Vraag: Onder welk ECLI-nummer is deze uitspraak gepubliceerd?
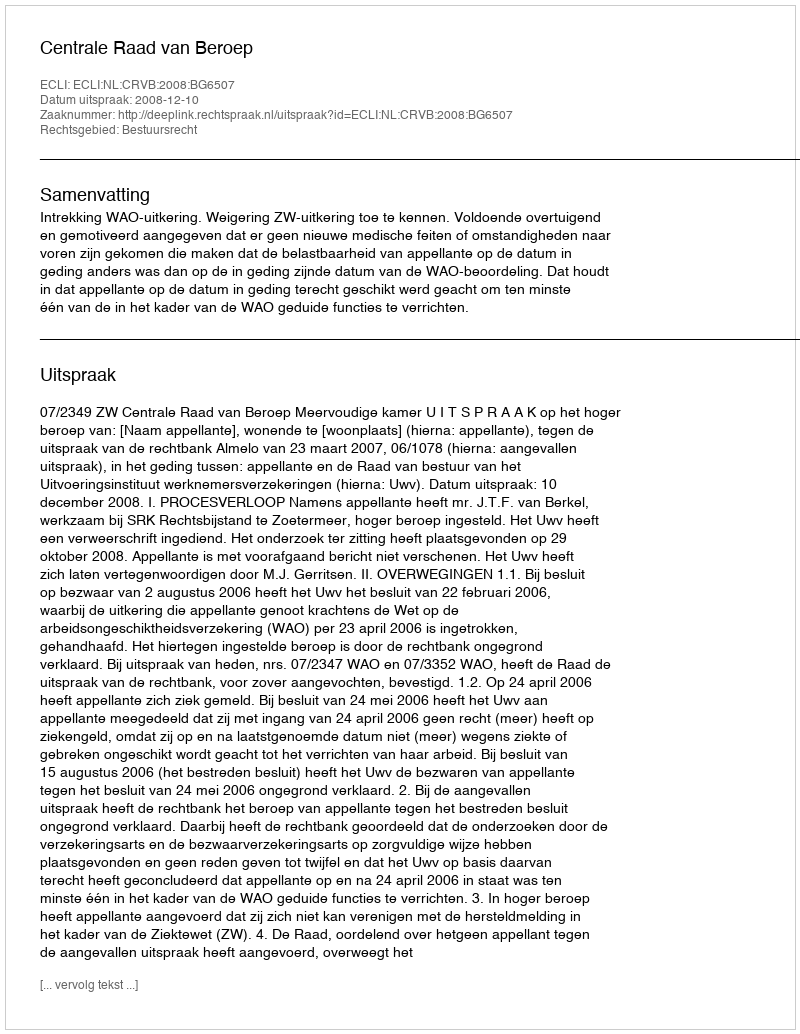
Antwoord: ECLI:NL:CRVB:2008:BG6507